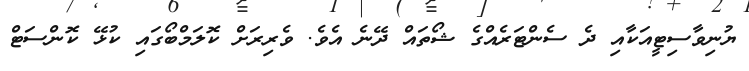
ޔުނިވާސިޓީއަކާއި ދެ ސެންޓަރެއްގެ ޝޯތައް ދޭނެ އެވެ. ވެރިރަށް ކޮލަމްބޯގައި ކުޅޭ ކޮންސަޓް